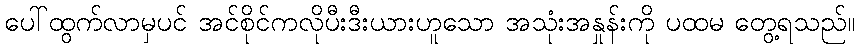
ပေါ်ထွက်လာမှပင် အင်စိုင်ကလိုပီးဒီးယားဟူသော အသုံးအနှုန်းကို ပထမ တွေ့ရသည်။